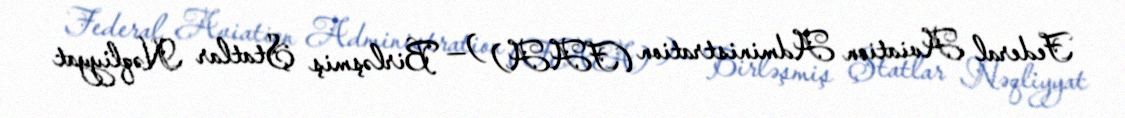
Federal Aviation Administration (FAA) )— Birləşmiş Ştatlar Nəqliyyat